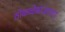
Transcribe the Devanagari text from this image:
ठोकळेबाजपणा